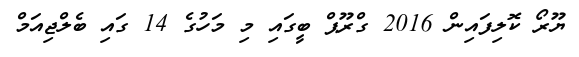
ޔޫރޯ ކޮލިފައިން 2016 ގްރޫޕް ބީގައި މި މަހުގެ 14 ގައި ބެލްޖިއަމް